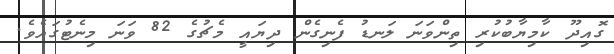
ގޮއިދޫ ކާމިޔާބުކުރި ތިންވަނަ ލަނޑު ފެނިގެން ދިޔައީ މެޗުގެ 82 ވަނަ މިނެޓުގައެވެ.